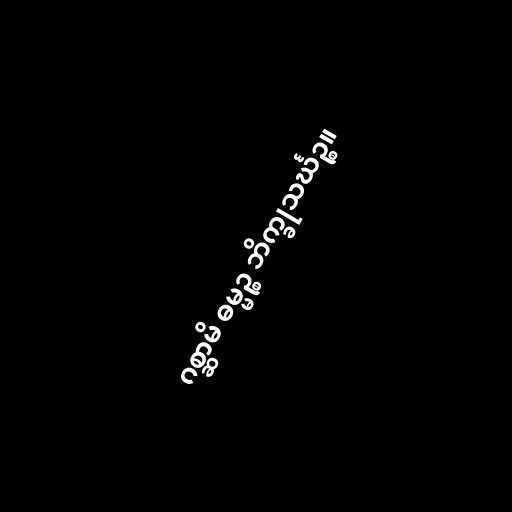
ဂစ္ဆာမိ ဓမ္မဉ္စ ဘိက္ခုသင်္ဃဉ္စ။